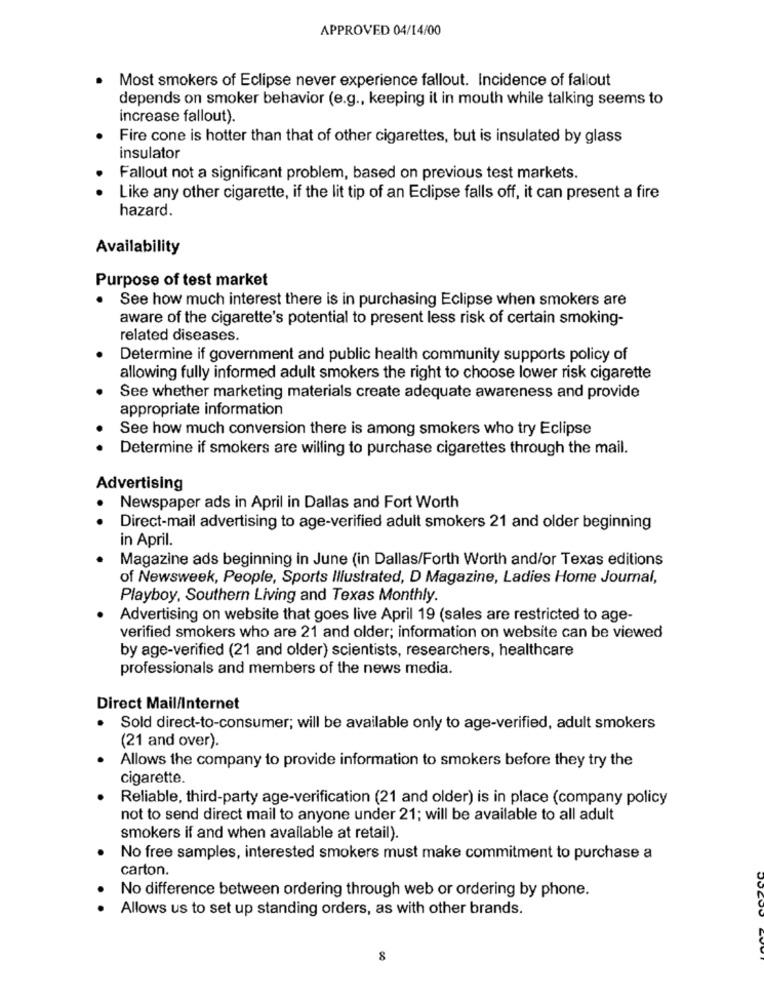
APPROVED 04/14/00
Most smokers of Eclipse never experience fallout. Incidence of fallout
depends on smoker behavior (e.g ., keeping it in mouth while talking seems to
increase fallout).
Fire cone is hotter than that of other cigarettes, but is insulated by glass
insulator
Fallout not a significant problem, based on previous test markets.
Like any other cigarette, if the lit tip of an Eclipse falls off, it can present a fire
hazard.
Availability
Purpose of test market
See how much interest there is in purchasing Eclipse when smokers are
aware of the cigarette's potential to present less risk of certain smoking-
related diseases.
Determine if government and public health community supports policy of
allowing fully informed adult smokers the right to choose lower risk cigarette
See whether marketing materials create adequate awareness and provide
appropriate information
See how much conversion there is among smokers who try Eclipse
Determine if smokers are willing to purchase cigarettes through the mail.
Advertising
Newspaper ads in April in Dallas and Fort Worth
Direct-mail advertising to age-verified adult smokers 21 and older beginning
in April.
Magazine ads beginning in June (in Dallas/Forth Worth and/or Texas editions
of Newsweek, People, Sports Illustrated, D Magazine, Ladies Home Journal,
Playboy, Southern Living and Texas Monthly.
Advertising on website that goes live April 19 (sales are restricted to age-
verified smokers who are 21 and older; information on website can be viewed
by age-verified (21 and older) scientists, researchers, healthcare
professionals and members of the news media.
Direct Mail/Internet
Sold direct-to-consumer; will be available only to age-verified, adult smokers
(21 and over).
Allows the company to provide information to smokers before they try the
cigarette.
Reliable, third-party age-verification (21 and older) is in place (company policy
not to send direct mail to anyone under 21; will be available to all adult
smokers if and when available at retail).
No free samples, interested smokers must make commitment to purchase a
carton.
No difference between ordering through web or ordering by phone.
Allows us to set up standing orders, as with other brands.
8